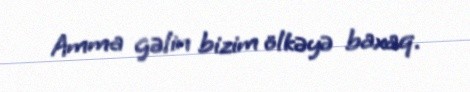
Amma gəlin bizim ölkəyə baxaq.